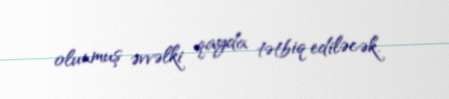
olunmuş əvvəlki qayda tətbiq ediləcək.